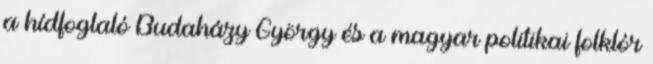
a hídfoglaló Budaházy György és a magyar politikai folklór